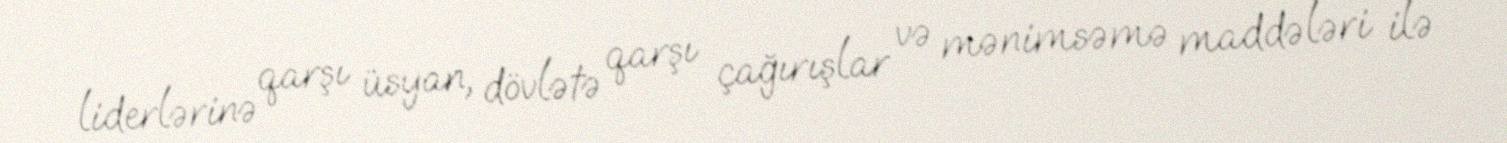
liderlərinə qarşı üsyan, dövlətə qarşı çağırışlar və mənimsəmə maddələri ilə